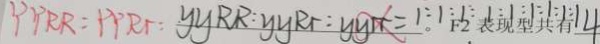
Y Y R R : P P R r : Y Y R R : y y R r : y y r r : 1 : 1 : 1 : 1 : 1 : 1 : 1 : 1 : 1 4